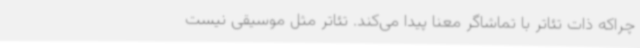
چراکه ذات تئاتر با تماشاگر معنا پیدا می‌کند. تئاتر مثل موسیقی نیست